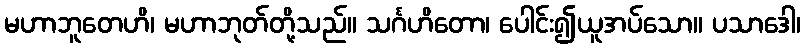
မဟာဘူတေဟိ၊ မဟာဘုတ်တို့သည်။ သင်္ဂဟိတော၊ ပေါင်း၍ယူအပ်သော။ ပသာဒေါ၊